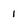
Character: 1